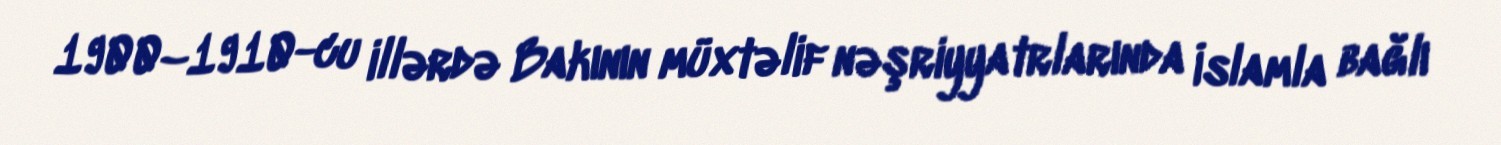
1900–1910-cu illərdə Bakının müxtəlif nəşriyyatrlarında İslamla bağlı